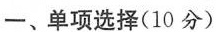
一、单项选择(10 分)